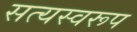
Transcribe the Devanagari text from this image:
सत्‍यस्‍वरूप